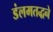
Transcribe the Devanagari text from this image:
डंलमतद्धने